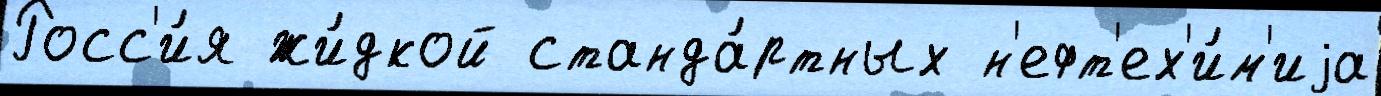
Росс'и́я жи́дкой станда́ртных н'ефт'ех'и́м'иjа